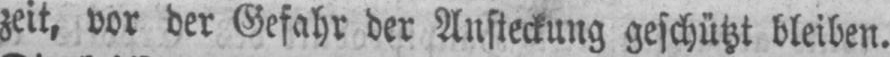
zeit, vor der Gefahr der Ansteckung geschützt bleiben.